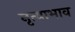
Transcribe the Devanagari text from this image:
नृत्याभाव